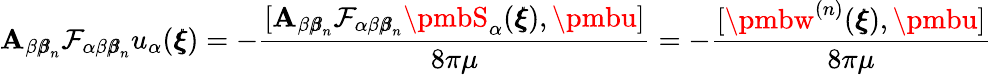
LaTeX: \mathbf{A}_{\beta{\pmb\beta}_{n}}\mathcal{{F}}_{\alpha\beta{\pmb\beta}_{n}}u_{\alpha}({\pmb\xi})=-\frac{{[\mathbf{A}_{\beta{\pmb\beta}_{n}}\mathcal{{F}}_{\alpha\beta{\pmb\beta}_{n}}{\pmbS}_{\alpha}({\pmb\xi}),{\pmbu}]}}{{8\pi\mu}}=-\frac{{[{\pmbw}^{(n)}({\pmb\xi}),{\pmbu}]}}{{8\pi\mu}}